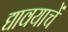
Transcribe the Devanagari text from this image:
द्यावयाचें